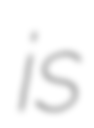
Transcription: is